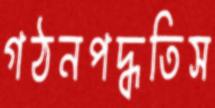
গঠনপদ্ধতিস